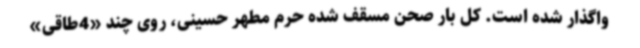
واگذار شده است. کل بار صحن مسقف شده حرم مطهر حسینی، روی چند «4طاقی»